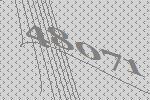
48071